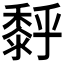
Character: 𪏹